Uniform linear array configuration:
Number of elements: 16
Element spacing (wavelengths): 0.75
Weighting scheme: cosine
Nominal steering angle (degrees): -15
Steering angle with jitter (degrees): -13.444
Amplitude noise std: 0.05
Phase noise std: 0.05

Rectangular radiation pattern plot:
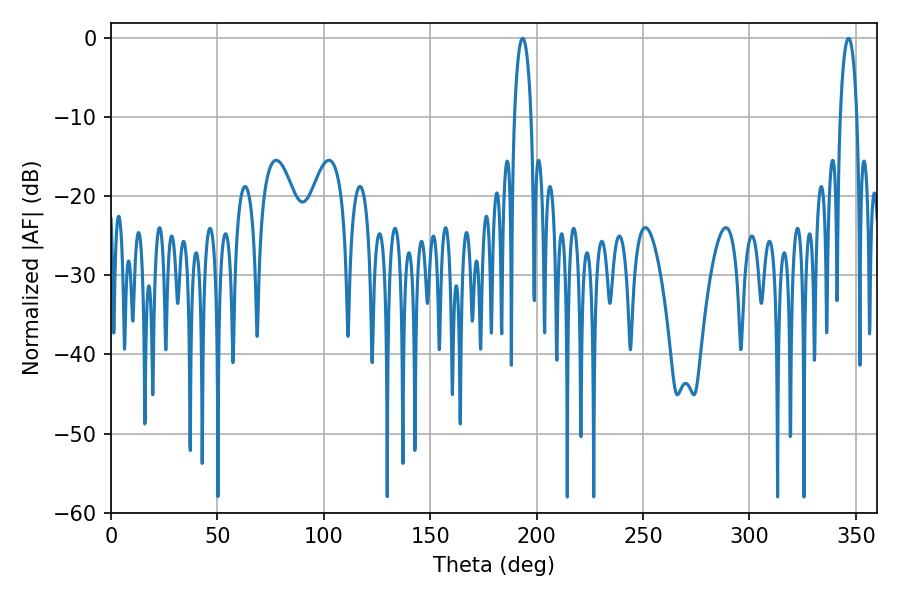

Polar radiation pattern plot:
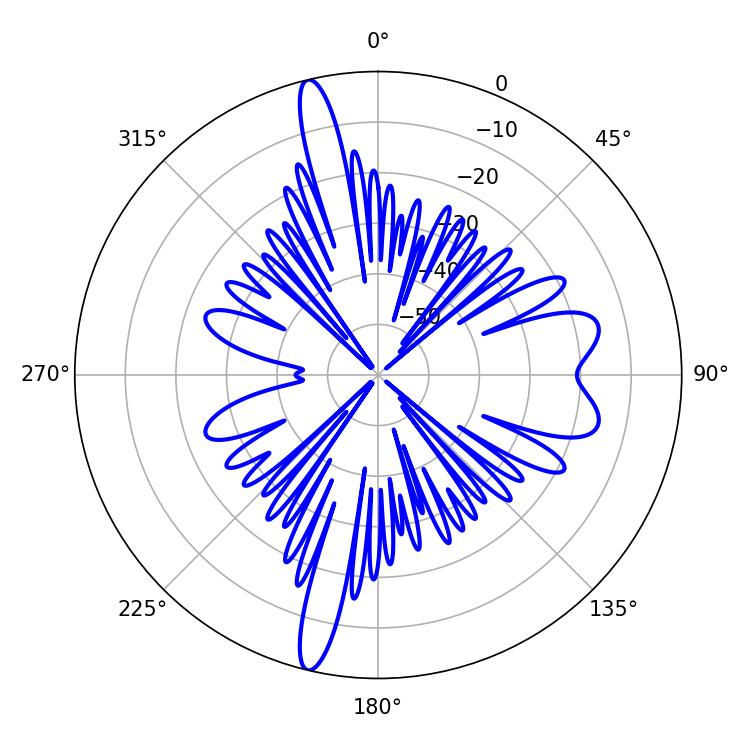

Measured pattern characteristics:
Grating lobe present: TRUE
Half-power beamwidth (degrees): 4.5
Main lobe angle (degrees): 193.5